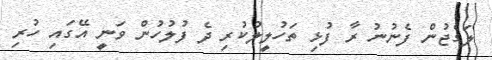
ލަގެޖުން ފެނުނު ރާ ފުޅި ތަހުލީލުކުރި ދެ ފުލުހުން ވަނީ އޭގައި ހުރި